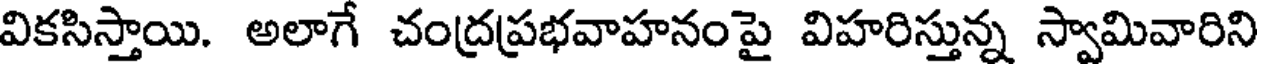
వికసిస్తాయి. అలాగే చంద్రప్రభవాహనంపై విహరిస్తున్న స్వామివారిని